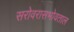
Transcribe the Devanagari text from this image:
सरोवरासभोवताल